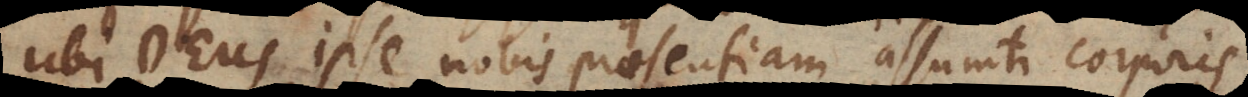
ubi Deus ipse nobis praesentiam assumti corporis